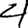
Digit: 4